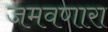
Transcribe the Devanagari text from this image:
जमवणारा